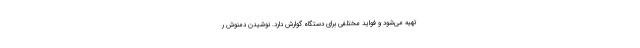
تهیه می‌شود و فواید مختلفی برای دستگاه گوارش دارد. نوشیدن دمنوش ر